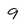
Character: 9